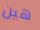
هين